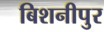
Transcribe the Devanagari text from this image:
बिशनीपुर